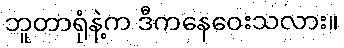
ဘူတာရုံနဲ့က ဒီကနေဝေးသလား။